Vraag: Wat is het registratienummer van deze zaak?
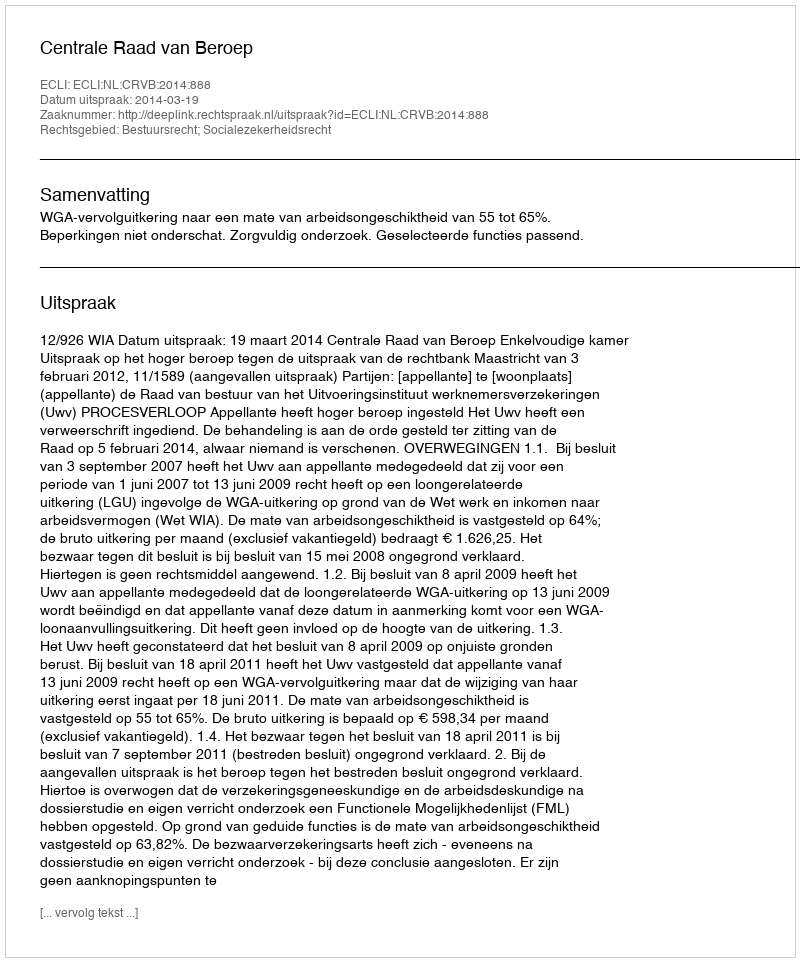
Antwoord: http://deeplink.rechtspraak.nl/uitspraak?id=ECLI:NL:CRVB:2014:888